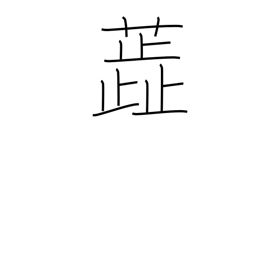
Meaning: stamen